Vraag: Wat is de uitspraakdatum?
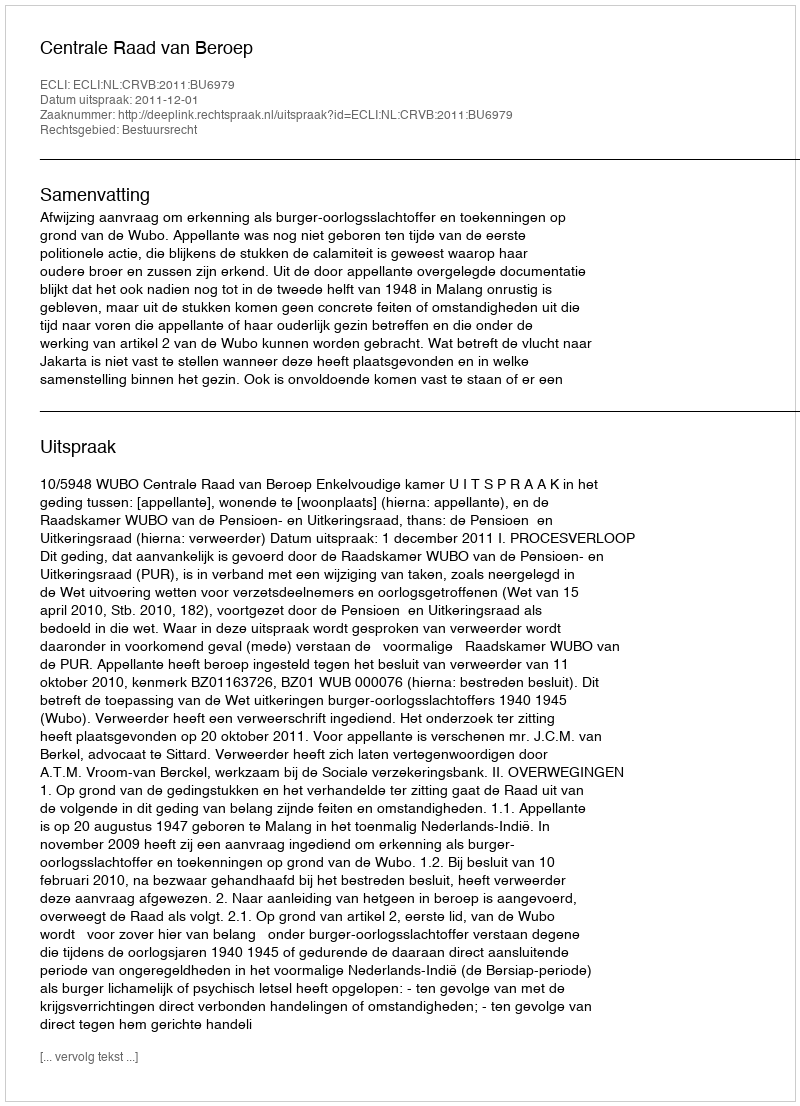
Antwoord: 2011-12-01